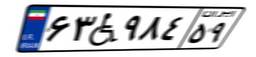
۶۳W۹۸۴۵۹